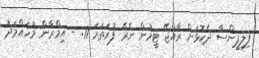
ފިލިޕީންސާ ދެކޮޅަށް ރާއްޖޭ ޓީމުން ނެރޭ ފުރަތަމަ 11: - އިމްރާން މުހައްމަދު